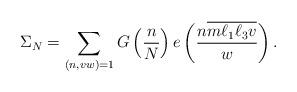
LaTeX: \begin{align*}\Sigma_N &= \sum_{(n,vw)=1} G\left( \frac{n}{N} \right) e \left( \frac{n \overline{m\ell_1\ell_3 v}}{w} \right).\end{align*}